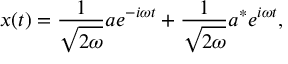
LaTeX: x ( t ) = { \frac { 1 } { \sqrt { 2 \omega } } } a e ^ { - i \omega t } + { \frac { 1 } { \sqrt { 2 \omega } } } a ^ { * } e ^ { i \omega t } ,